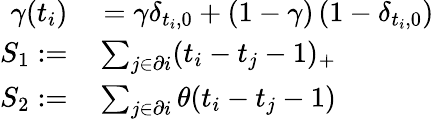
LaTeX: \begin{array}{rl}{\gamma(t_{i})}&{{}=\gamma\delta_{t_{i},0}+(1-\gamma)\left(1-\delta_{t_{i},0}\right)}\\ {S_{1}:=}&{{}\sum_{j\in\partial i}(t_{i}-t_{j}-1)_{+}}\\ {S_{2}:=}&{{}\sum_{j\in\partial i}\theta(t_{i}-t_{j}-1)}\end{array}